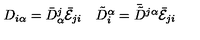
\begin{array} { c c } { D _ { i \alpha } = \bar { D } _ { \alpha } ^ { j } \bar { \cal E } _ { j i } } & { \tilde { D } _ { i } ^ { \alpha } = \bar { \tilde { D } } { } ^ { j \alpha } \bar { \cal E } _ { j i } } \\ \end{array}